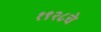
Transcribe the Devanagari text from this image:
१९२८चे